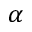
\alpha